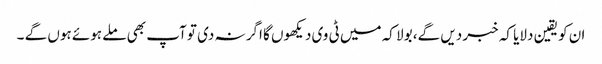
ان کو یقین دلایا کہ خبر دیں گے، بولا کہ میں ٹی وی دیکھوں گا اگر نہ دی تو آپ بھی ملے ہوئے ہوں گے ۔